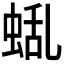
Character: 𮔑